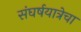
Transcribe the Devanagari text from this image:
संघर्षयात्रेचा